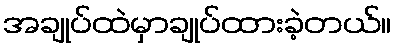
အချုပ်ထဲမှာချုပ်ထားခဲ့တယ်။